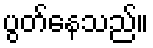
ပွတ်နေသည်။